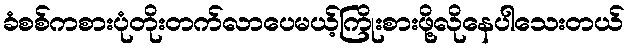
ခံစစ်ကစားပုံတိုးတက်လာပေမယ့်ကြိုးစားဖို့လိုနေပါသေးတယ်